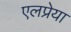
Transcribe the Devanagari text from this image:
एलप्रेया